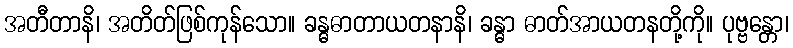
အတီတာနိ၊ အတိတ်ဖြစ်ကုန်သော။ ခန္ဓဓာတာယတနာနိ၊ ခန္ဓာ ဓာတ်အာယတနတို့ကို။ ပုဗ္ဗန္တော၊